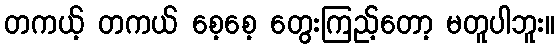
တကယ့် တကယ် စေ့စေ့ တွေးကြည့်တော့ မတူပါဘူး။